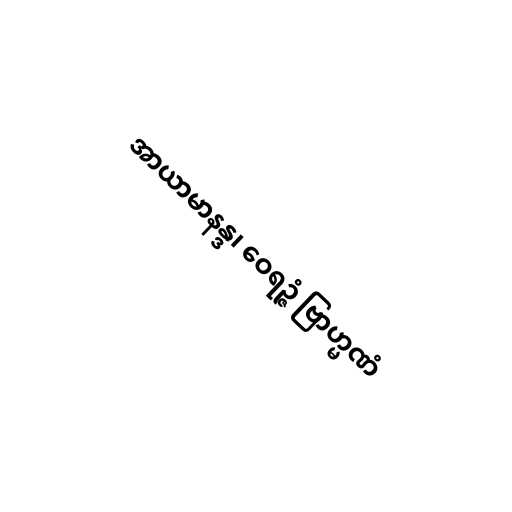
အာယာမာနန္ဒ၊ ဝေရဉ္ဇံ ဗြာဟ္မဏံ